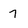
Character: 7